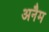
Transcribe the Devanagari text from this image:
अनैम